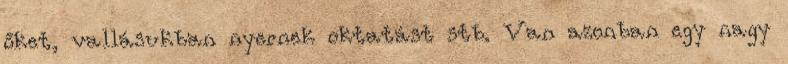
őket, vallásukban nyernek oktatást stb. Van azonban egy nagy